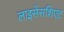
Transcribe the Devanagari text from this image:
लाइसेंसशिएट